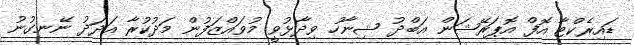
ޑައިރެކްޓާ އޮފް އޮޕަރޭޝަން އަބްދު ޝިނާހު ވިދާޅުވީ މުވައްޒަފުން މަދުކުރާ އަދަދު ނޭނގުނު